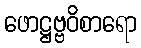
ဖောဋ္ဌဗ္ဗဝိစာရော